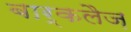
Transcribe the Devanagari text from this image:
बार्कलैज़